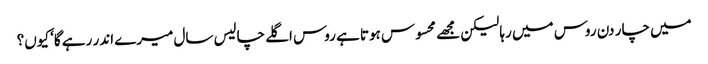
میں چار دن روس میں رہا لیکن مجھے محسوس ہوتا ہے روس اگلے چالیس سال میرے اندر رہے گا‘ کیوں؟